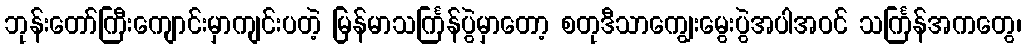
ဘုန်းတော်ကြီးကျောင်းမှာကျင်းပတဲ့ မြန်မာသင်္ကြန်ပွဲမှာတော့ စတုဒီသာကျွေးမွေးပွဲအပါအဝင် သင်္ကြန်အကတွေ၊